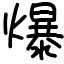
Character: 爆